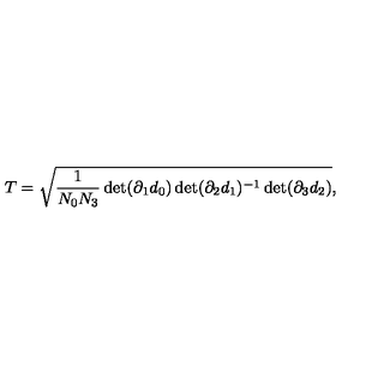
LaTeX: T = \sqrt { \frac { 1 } { N _ { 0 } N _ { 3 } } \det ( \partial _ { 1 } d _ { 0 } ) \det ( \partial _ { 2 } d _ { 1 } ) ^ { - 1 } \det ( \partial _ { 3 } d _ { 2 } ) } ,